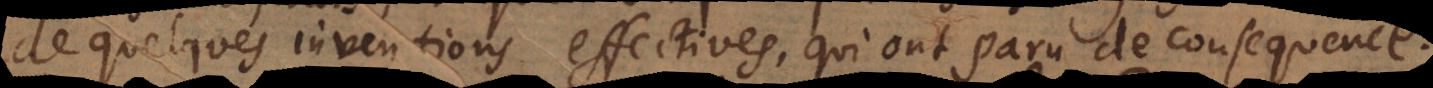
de quelques inventions effectives, qui ont paru de consequence.